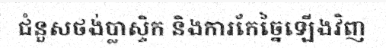
ជំនួសថង់ប្លាស្ទិក និងការកែច្នៃឡើងវិញ